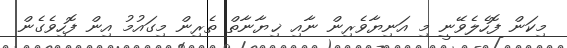
މިކަން ފޮހެލެވޭނީ މި އަނިޔާވެރިން ނާއި ޚިޔާނާތް ތެރިން މިގައުމު އިން ފޮހިވެގެން